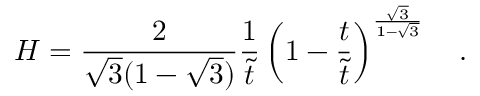
H = \frac { 2 } { \sqrt { 3 } ( 1 - \sqrt { 3 } ) } \frac { 1 } { \tilde { t } } \left( 1 - \frac { t } { \tilde { t } } \right) ^ { \frac { \sqrt { 3 } } { 1 - \sqrt { 3 } } } ~ ~ ~ .